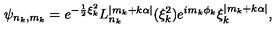
\psi _ { n _ { k } , m _ { k } } = e ^ { - \frac { 1 } { 2 } \xi _ { k } ^ { 2 } } L _ { n _ { k } } ^ { | m _ { k } + k \alpha | } ( \xi _ { k } ^ { 2 } ) e ^ { i m _ { k } \phi _ { k } } \xi _ { k } ^ { | m _ { k } + k \alpha | } ,